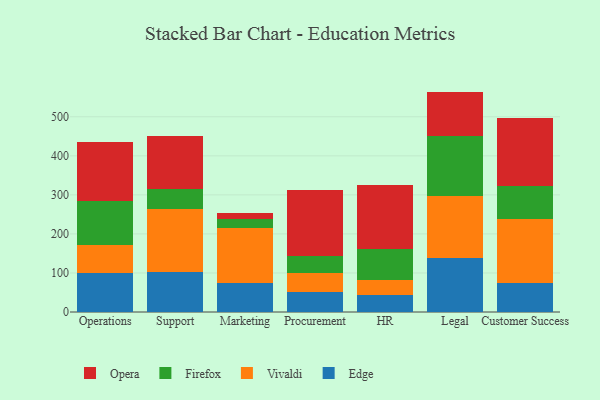
{"axis": {"x": "Department", "y": "Latency (ms)"}, "legend": ["Edge", "Firefox", "Opera", "Vivaldi"], "data": [{"x": "Operations", "y": 100.5, "type": "Edge"}, {"x": "Operations", "y": 71.4, "type": "Vivaldi"}, {"x": "Operations", "y": 111.9, "type": "Firefox"}, {"x": "Operations", "y": 152.8, "type": "Opera"}, {"x": "Support", "y": 103.1, "type": "Edge"}, {"x": "Support", "y": 159.9, "type": "Vivaldi"}, {"x": "Support", "y": 50.9, "type": "Firefox"}, {"x": "Support", "y": 136.9, "type": "Opera"}, {"x": "Marketing", "y": 74.0, "type": "Edge"}, {"x": "Marketing", "y": 140.1, "type": "Vivaldi"}, {"x": "Marketing", "y": 23.8, "type": "Firefox"}, {"x": "Marketing", "y": 14.4, "type": "Opera"}, {"x": "Procurement", "y": 50.4, "type": "Edge"}, {"x": "Procurement", "y": 49.3, "type": "Vivaldi"}, {"x": "Procurement", "y": 42.7, "type": "Firefox"}, {"x": "Procurement", "y": 171.3, "type": "Opera"}, {"x": "HR", "y": 43.9, "type": "Edge"}, {"x": "HR", "y": 37.3, "type": "Vivaldi"}, {"x": "HR", "y": 80.0, "type": "Firefox"}, {"x": "HR", "y": 164.1, "type": "Opera"}, {"x": "Legal", "y": 138.8, "type": "Edge"}, {"x": "Legal", "y": 158.5, "type": "Vivaldi"}, {"x": "Legal", "y": 153.1, "type": "Firefox"}, {"x": "Legal", "y": 114.1, "type": "Opera"}, {"x": "Customer Success", "y": 73.9, "type": "Edge"}, {"x": "Customer Success", "y": 164.9, "type": "Vivaldi"}, {"x": "Customer Success", "y": 82.8, "type": "Firefox"}, {"x": "Customer Success", "y": 174.7, "type": "Opera"}]}